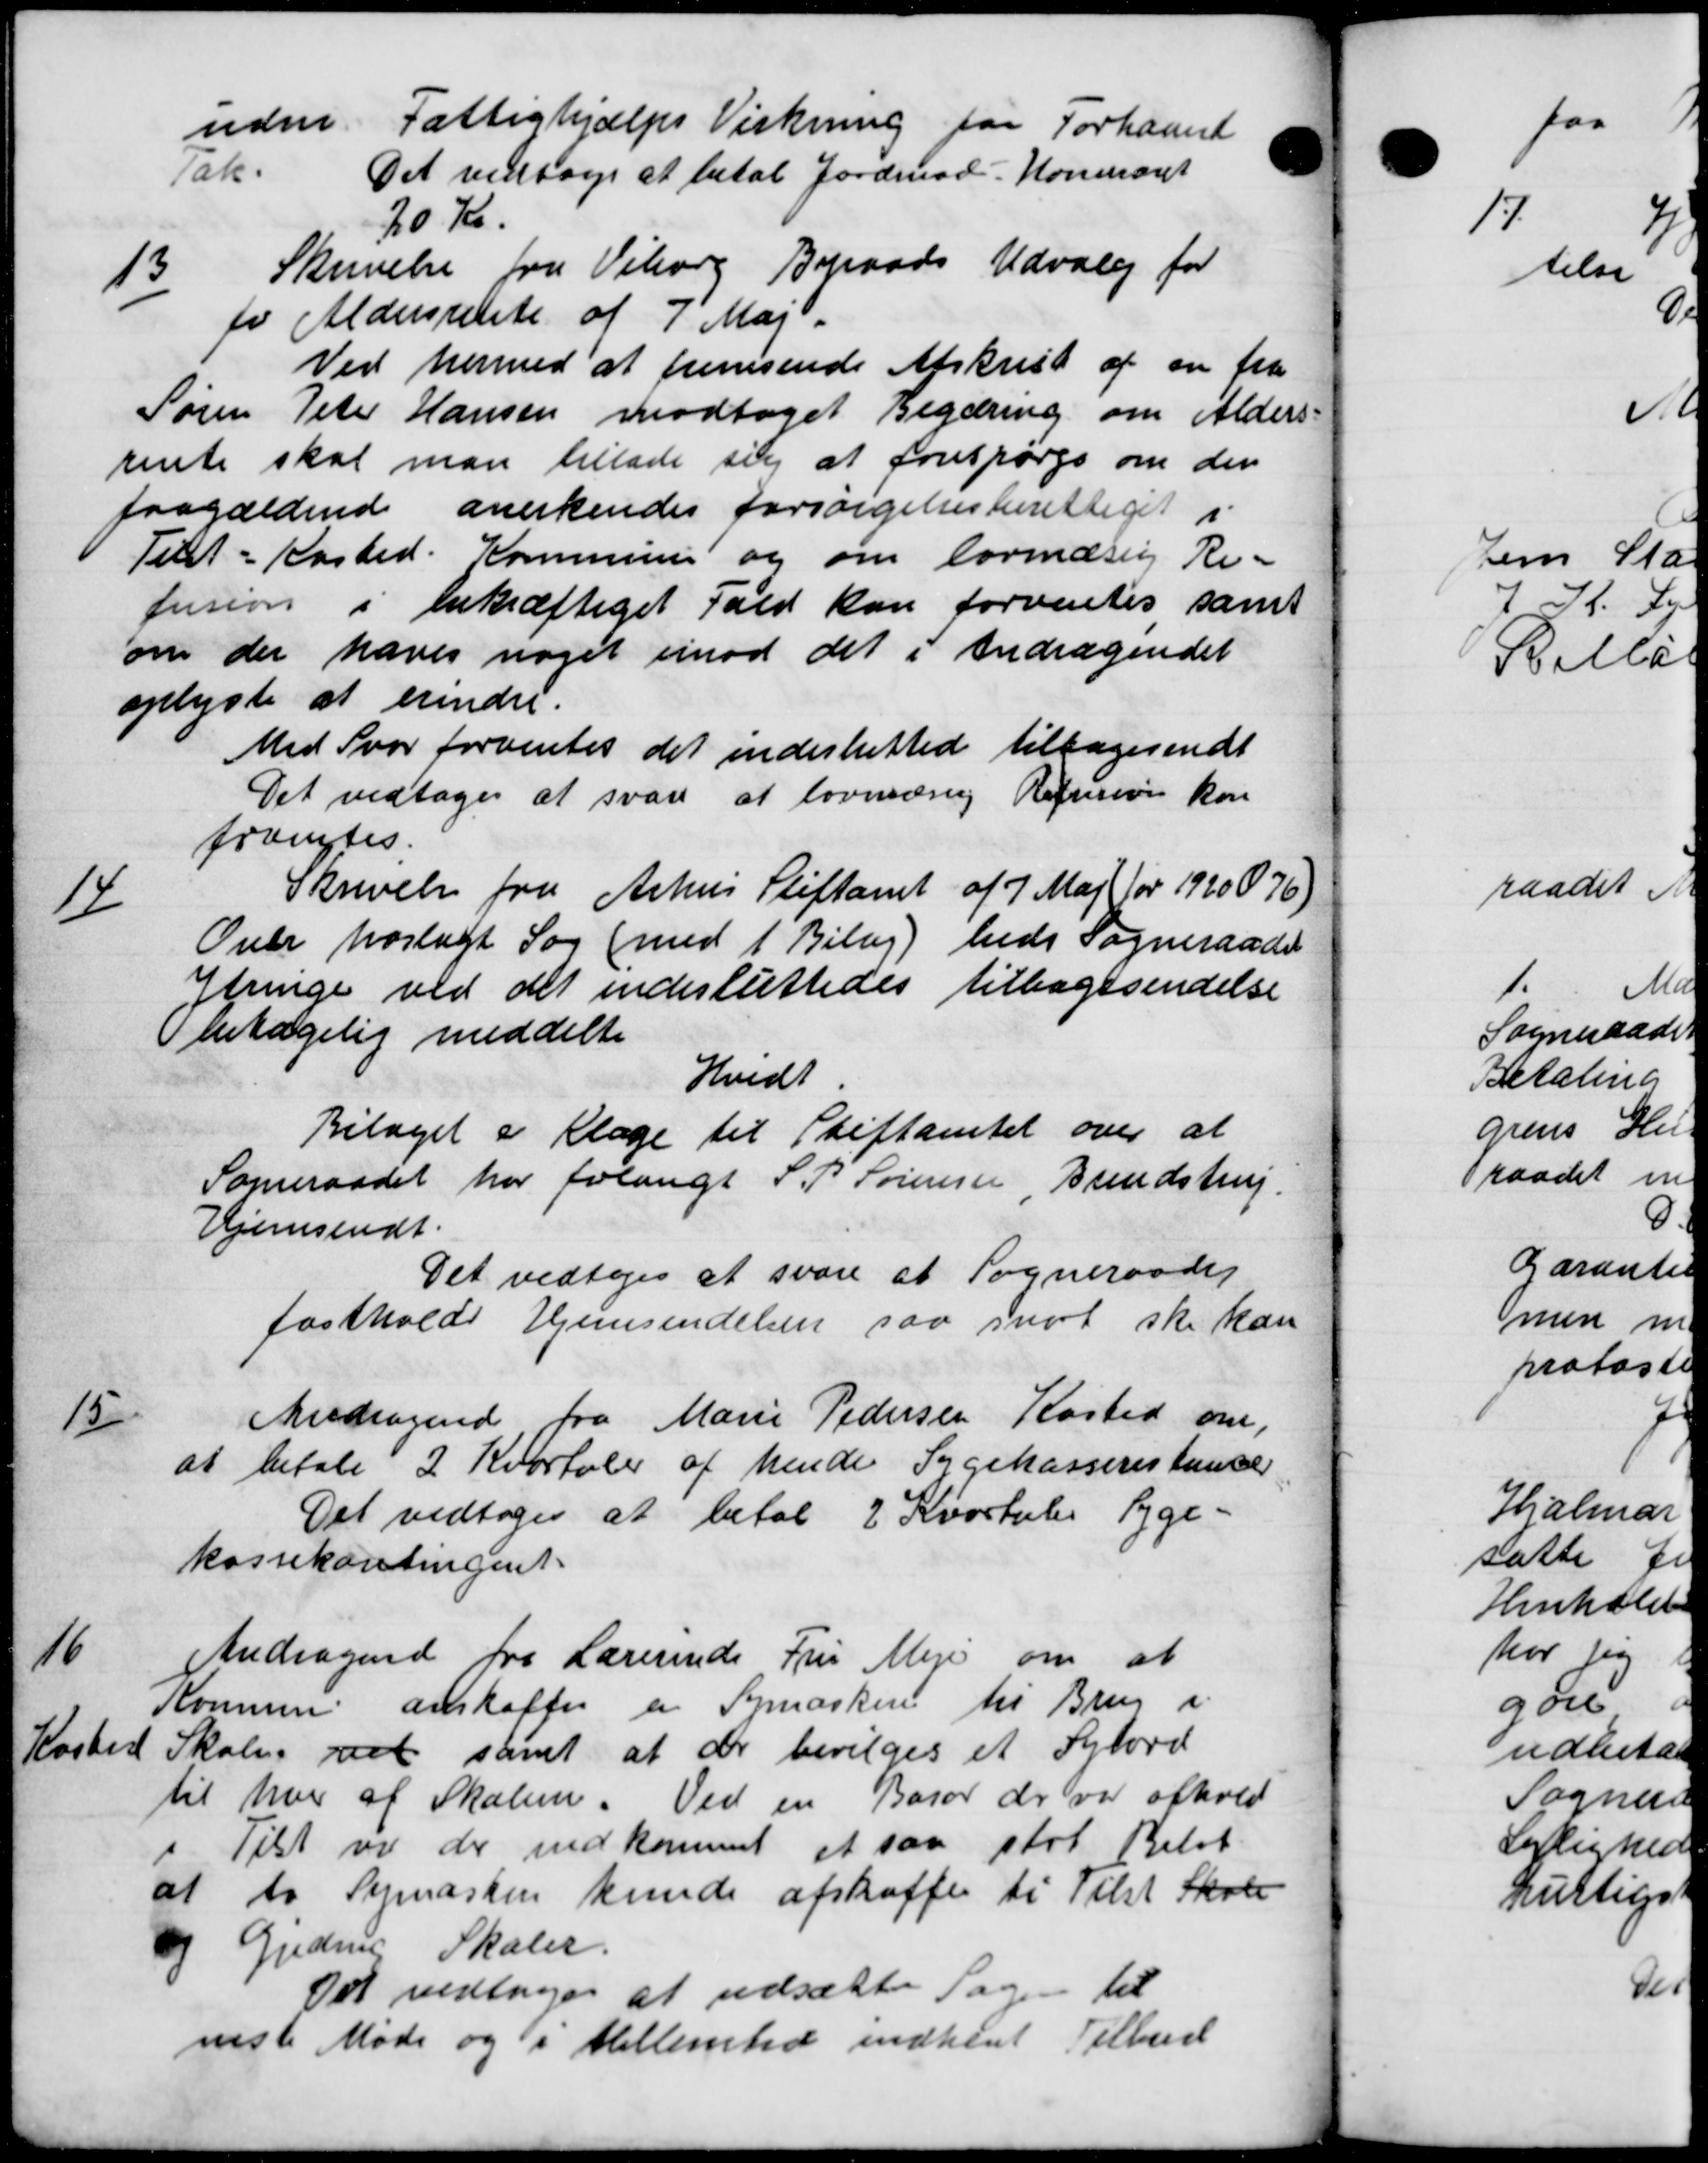
Transskription:
uden. Fattighjælps Virkning for Forhaand
Tak.
Det vedtoges at betal Jordmod Kommant
20 Kr.
Skrivelse fra Viborg Byraads Udvalg for
13
for Aldersrente af 7' Maj.
Ved hermed at fremsende Afskrivt af en fra
Søren Peter Hansen modtaget Begæring om Alders=
rente skal man tillade sig at forespørgs om den
paagældende anerkendes forsørgelsesberettiget i
Tilst-Kasted. Kommune og om lovmæsig Re-
fusion i bekræftiget fald kan forventes samt
om der haves noget imod det i Andragendet
oplyste at erindre.
Med Svar forventes det inderbrettede tilbagesendt
Det vedtoges at svare at lovmæsig Refusion kan
fremtes.
14
Skrivelse fra Århus Stiftamt af 7 Maj for 1920076)
Over hoslagt Sag (med 1 Bilag) hede Sogneraadet
geringe ved det indesluttedes tilbagesendelse
entagelig meddelte
Hvidt
Bilaget i Klage til Stiftamtet over at
Sogneraadet har frlangt S. P. Sørensen Brendstrup.
Hjemsendt.
Det vedtoges at svare at Sogneraadet
fastholde Hjemsendelsen saa snart ske kan
15
Andragende fra Marie Pedersen Køsted om,
at betale 2 Kvartaler af hende Sygekasserestance
Det vedtoges at betal 2 Kvartales Syge-
kassekontingent.
16
Andragende fra Lærerinde Fru Mejer om at
Kommune anskaffes en Symaskin til Brug i
Skole ved samt at der bevilges et Sylord
til hver af Skolen. Ved en Baror der var afhold
Tist vil der indkommet et saa stor Beløb
at to Symasten kunde afskaffe til Tilst Skole
og Gjedrup Skoler.
Det vedtoges at udsætte Sagen til
niste Møde og i Mellemsted indhent Tilbud